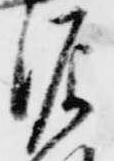
源